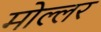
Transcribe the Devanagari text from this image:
मोल्लर